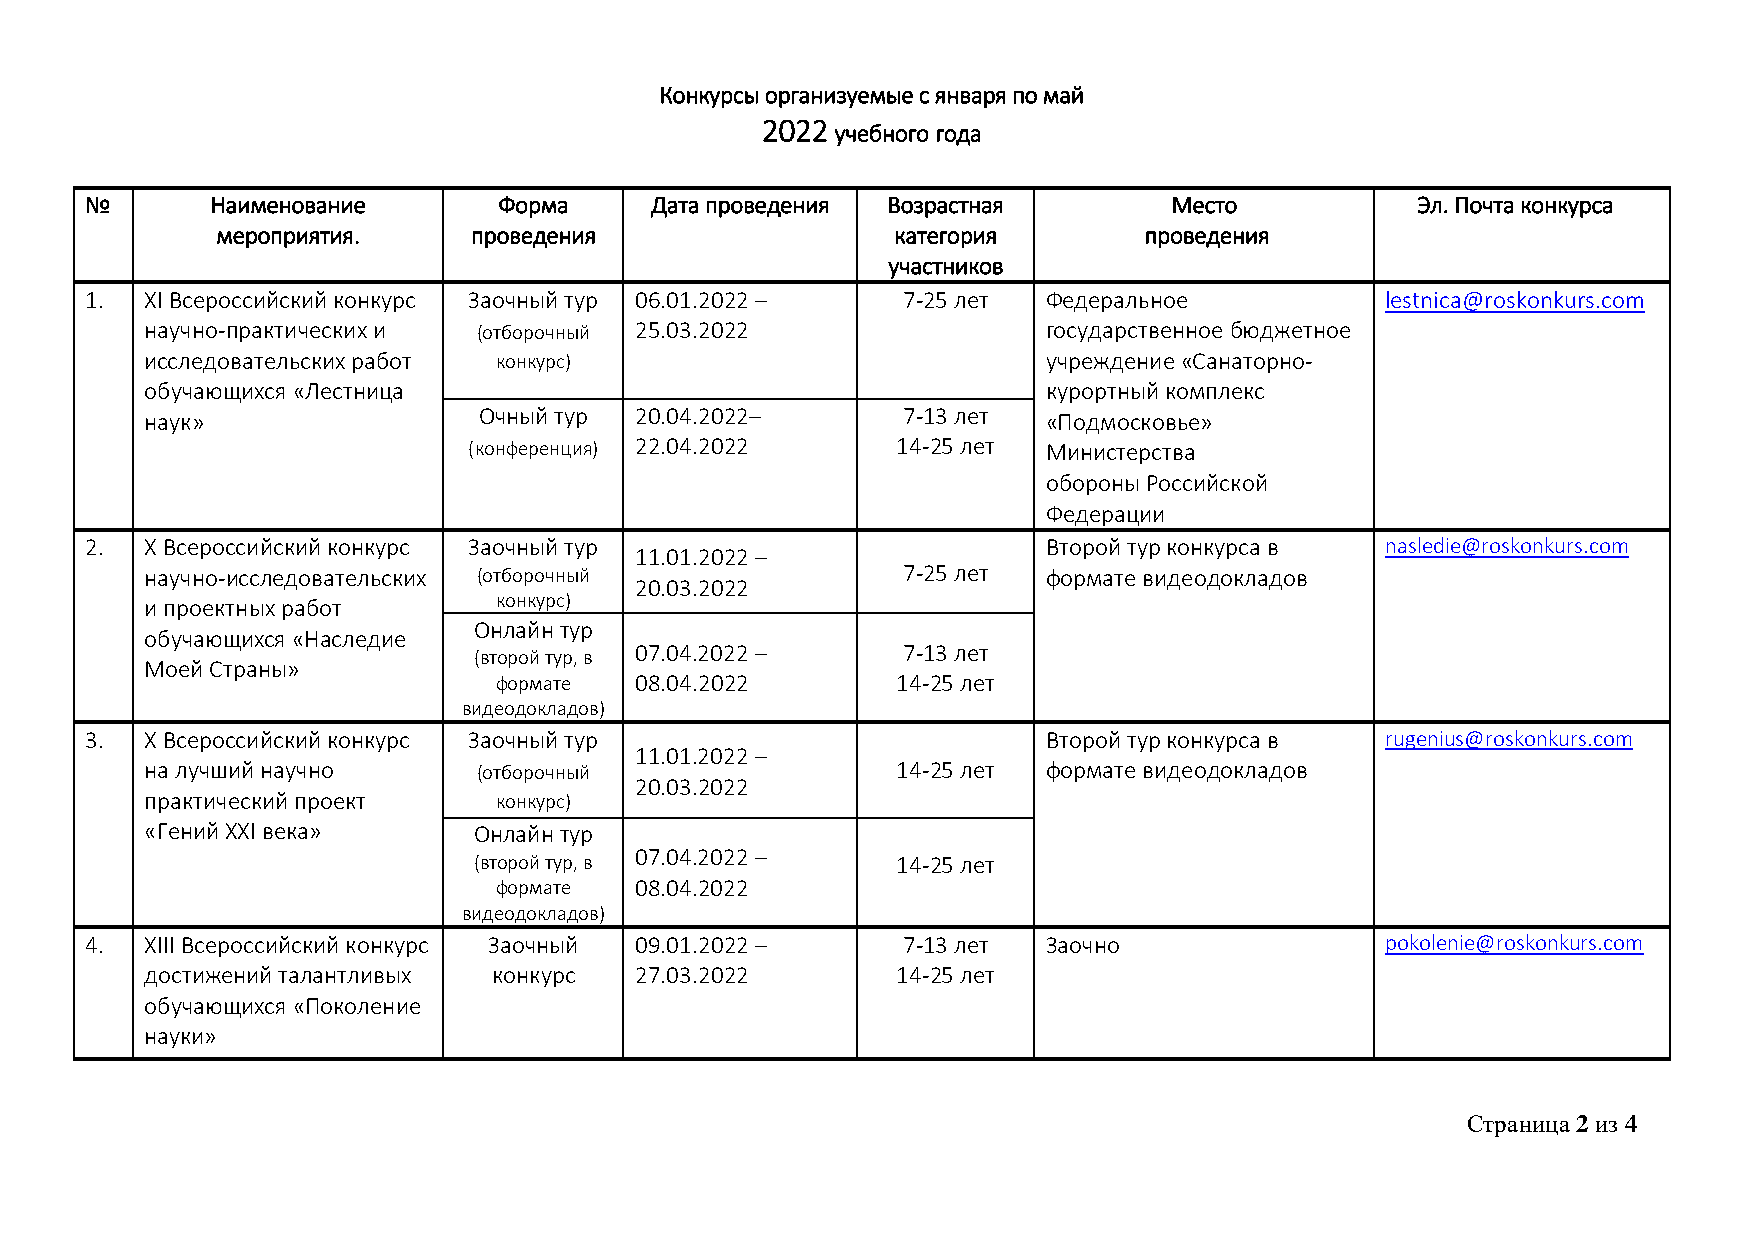
Конкурсы организуемые с января по май
 2022 учебного года
 №       Наименование       Форма     Дата проведения Возрастная         Место           Эл. Почта конкурса
 мероприятия.     проведения                  категория        проведения
 участников
 1.  XI Всероссийский конкурс Заочный тур 06.01.2022 – 7-25 лет Федеральное            lestnica@roskonkurs.com
 научно-практических и (отборочный 25.03.2022               государственное бюджетное
 исследовательских работ конкурс)                           учреждение «Санаторно-
 обучающихся «Лестница                                      курортный комплекс
 наук»                 Очный тур 20.04.2022–       7-13 лет «Подмосковье»
 (конференция) 22.04.2022    14-25 лет Министерства
 обороны Российской
 Федерации
 2.  X Всероссийский конкурс Заочный тур                        Второй тур конкурса в  nasledie@roskonkurs.com
 11.01.2022 –
 научно-исследовательских (отборочный              7-25 лет формате видеодокладов
 20.03.2022
 и проектных работ      конкурс)
 Онлайн тур
 обучающихся «Наследие
 07.04.2022 –      7-13 лет
 (второй тур, в
 Моей Страны»
 формате  08.04.2022       14-25 лет
 видеодокладов)
 3.  X Всероссийский конкурс Заочный тур                        Второй тур конкурса в  rugenius@roskonkurs.com
 11.01.2022 –
 на лучший научно      (отборочный                14-25 лет формате видеодокладов
 20.03.2022
 практический проект    конкурс)
 «Гений XXI века»     Онлайн тур
 07.04.2022 –
 (второй тур, в              14-25 лет
 формате  08.04.2022
 видеодокладов)
 4.  XIII Всероссийский конкурс Заочный 09.01.2022 –   7-13 лет Заочно                 pokolenie@roskonkurs.com
 достижений талантливых конкурс  27.03.2022       14-25 лет
 обучающихся «Поколение
 науки»
 Страница 2 из 4